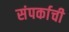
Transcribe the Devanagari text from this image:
संपर्काची